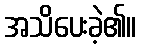
အသိပေးခဲ့၏။